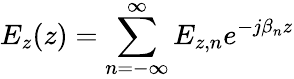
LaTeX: E_{z}(z)=\sum_{n=-\infty}^{\infty}E_{z,n}e^{-j\beta_{n}z}